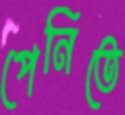
পেনিতে